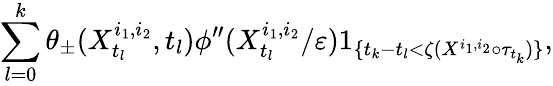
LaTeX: \sum_{l=0}^{k}\theta_{\pm}(X_{t_{l}}^{i_{1},i_{2}},t_{l})\phi^{\prime\prime}(X_{t_{l}}^{i_{1},i_{2}}/\varepsilon)1_{\{ t_{k}-t_{l}<\zeta(X^{i_{1},i_{2}}\circ\tau_{t_{k}})\} },